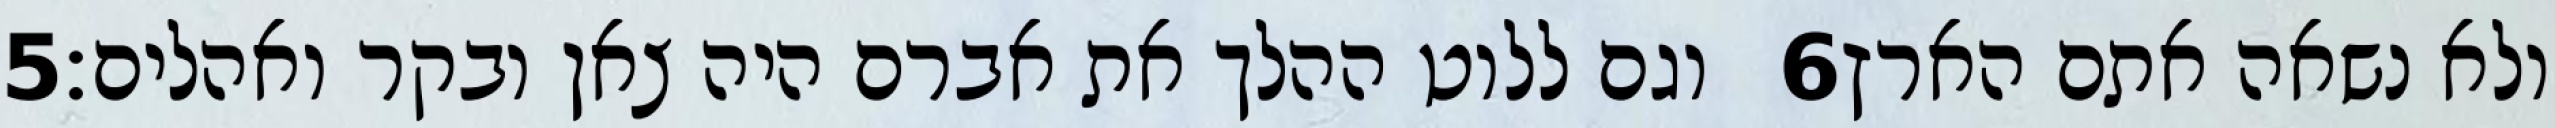
‎5‏ וגם ללוט ההלך את אברם היה צאן ובקר ואהלים׃ ‎6‏ ולא נשאה אתם הארץ